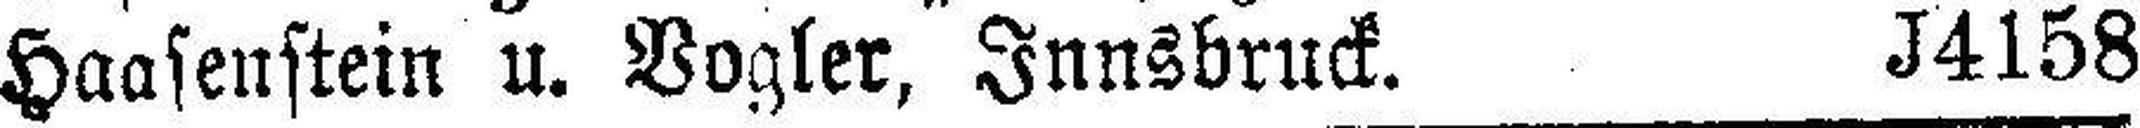
Haasenstein u. Vogler, Innsbruck. J4158